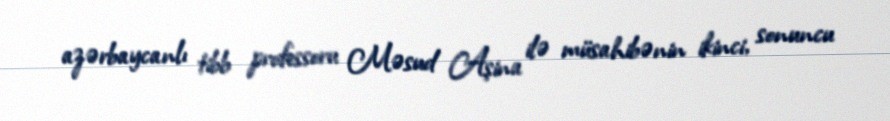
azərbaycanlı tibb professoru Məsud Aşina ilə müsahibənin ikinci, sonuncu